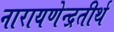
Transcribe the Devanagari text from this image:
नारायणेन्द्रतीर्थ